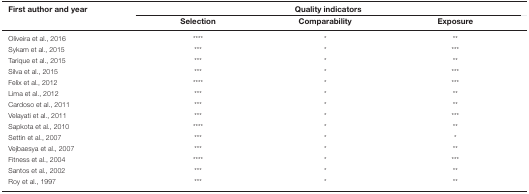
<table><thead><tr><td><b>First author and year</b></td><td colspan="3"><b>Quality indicators</b></td></tr><tr><td></td><td><b>Selection</b></td><td><b>Comparability</b></td><td><b>Exposure</b></td></tr></thead><tbody><tr><td>Oliveira et al., 2016</td><td>****</td><td>*</td><td>**</td></tr><tr><td>Sykam et al., 2015</td><td>***</td><td>*</td><td>***</td></tr><tr><td>Tarique et al., 2015</td><td>***</td><td>*</td><td>**</td></tr><tr><td>Silva et al., 2015</td><td>***</td><td>*</td><td>***</td></tr><tr><td>Felix et al., 2012</td><td>****</td><td>*</td><td>***</td></tr><tr><td>Lima et al., 2012</td><td>***</td><td>*</td><td>**</td></tr><tr><td>Cardoso et al., 2011</td><td>***</td><td>*</td><td>**</td></tr><tr><td>Velayati et al., 2011</td><td>***</td><td>*</td><td>***</td></tr><tr><td>Sapkota et al., 2010</td><td>****</td><td>*</td><td>**</td></tr><tr><td>Settin et al., 2007</td><td>***</td><td>*</td><td>*</td></tr><tr><td>Vejbaesya et al., 2007</td><td>***</td><td>*</td><td>**</td></tr><tr><td>Fitness et al., 2004</td><td>****</td><td>*</td><td>***</td></tr><tr><td>Santos et al., 2002</td><td>***</td><td>*</td><td>**</td></tr><tr><td>Roy et al., 1997</td><td>***</td><td>*</td><td>**</td></tr></tbody></table>